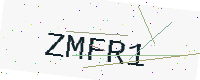
Text: ZMFR1